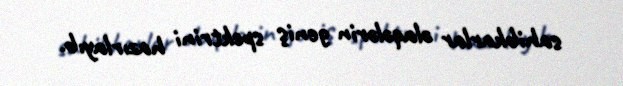
sahibkarlar əlaqələrin geniş spektrini hazırlayıb.